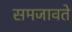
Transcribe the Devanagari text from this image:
समजावते